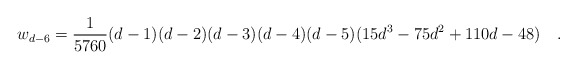
\begin{align*}w_{d-6}={1 \over 5760}(d-1)(d-2)(d-3)(d-4)(d-5)(15d^3-75d^2+110d-48)~~~.\end{align*}